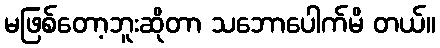
မဖြစ်တော့ဘူးဆိုတာ သဘောပေါက်မိ တယ်။